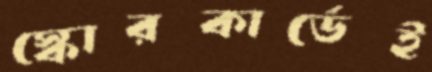
স্কোরকার্ডেই